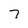
Character: 7